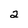
Character: 2